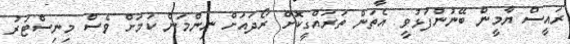
ރައީސް ޔާމީން ބޭނުންފުޅުވީ އެތަން ތަރައްގީކޮށް ރޯދައަށް ނިންމަން ކަމަށް ވެސް މިނިސްޓަރު